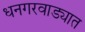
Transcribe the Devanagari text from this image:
धनगरवाड्यात